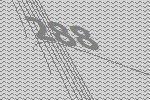
288